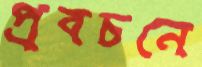
প্রবচনে